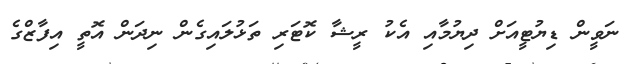
ނަވީން ޑިޔުޓީއަށް ދިޔުމާއި އެކު ރީޝާ ކޮޓަރި ތަޅުލައިގެން ނިދަން އޮތީ އިފާޒްގެ